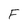
Character: F